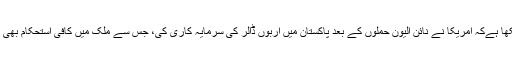
دوسری جانب فوربز میگزین کے لیے لکھے گئے ایک کالم میں سابق صدر آصف علی زرداری نے لکھا ہےکہ امریکا نے نائن الیون حملوں کے بعد پاکستان میں اربوں ڈالر کی سرمایہ کاری کی، جس سے ملک میں کافی استحکام بھی آیا، مگرامریکا کی جانب سے خیرسگالی کے تحت ملنے والے یہ پیسے ہمارے لیے لامحدود نہیں ہیں۔